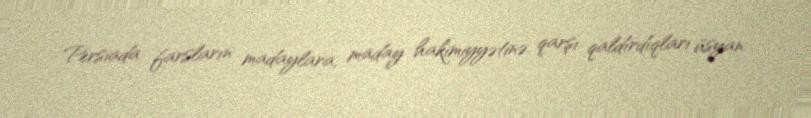
Persiada farsların madaylara, maday hakimiyyətinə qarşı qaldırdıqları üsyan.